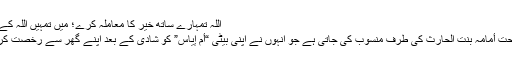
اللہ تمہارے ساتھ خیر کا معاملہ کرے؛ میں تمہیں اللہ کے حوالے کرتی ہوں”
نوٹ: یہ قیمتی نصیحت أمامہ بنت الحارث کی طرف منسوب کی جاتی ہے جو انہوں نے اپنی بیٹی “أمّ إیاس” کو شادی کے بعد اپنے گھر سے رخصت کرتے ہوئے کی تھی۔